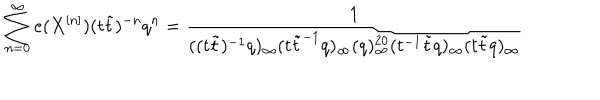
LaTeX: \sum _ { n = 0 } ^ { \infty } e ( X ^ { [ n ] } ) ( t \tilde { t } ) ^ { - n } q ^ { n } = \frac { 1 } { ( ( t \tilde { t } ) ^ { - 1 } q ) _ { \infty } ( t \tilde { t } ^ { - 1 } q ) _ { \infty } ( q ) _ { \infty } ^ { 2 0 } ( t ^ { - 1 } \tilde { t } q ) _ { \infty } ( t \tilde { t } q ) _ { \infty } }